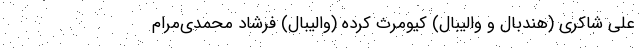
علی شاکری (هندبال و والیبال) کیومرث کرده (والیبال) فرشاد محمدی‌مرام